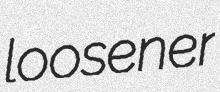
loosener